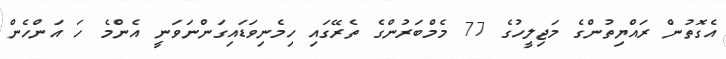
އެގޮތުން ރައްޔިތުންގެ މަޖިލީހުގެ 77 މެމްބަރުންގެ ތެރޭގައި ހިމެނިވަޑައިގަންނަވަނީ އެންމެ ހަ އަންހެން